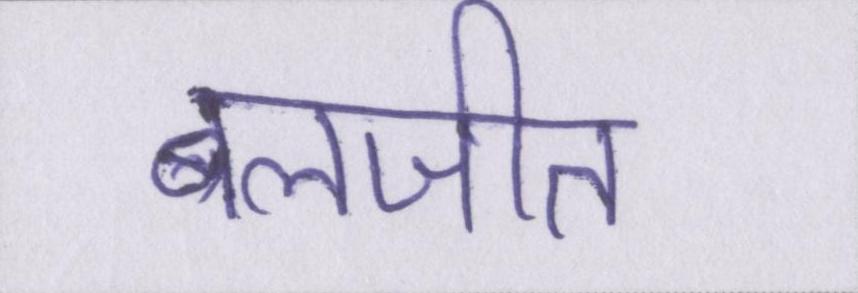
बलजीत